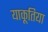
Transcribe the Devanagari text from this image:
याकूतिया